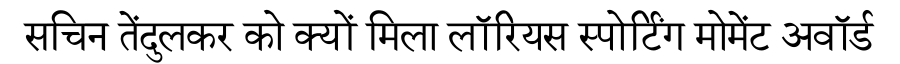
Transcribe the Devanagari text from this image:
सचिन तेंदुलकर को क्यों मिला लॉरियस स्पोर्टिंग मोमेंट अवॉर्ड